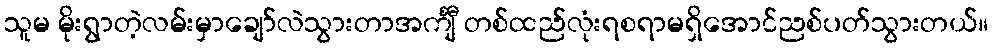
သူမ မိုးရွာတဲ့လမ်းမှာချော်လဲသွားတာအင်္ကျီ တစ်ထည်လုံးရစရာမရှိအောင်ညစ်ပတ်သွားတယ်။